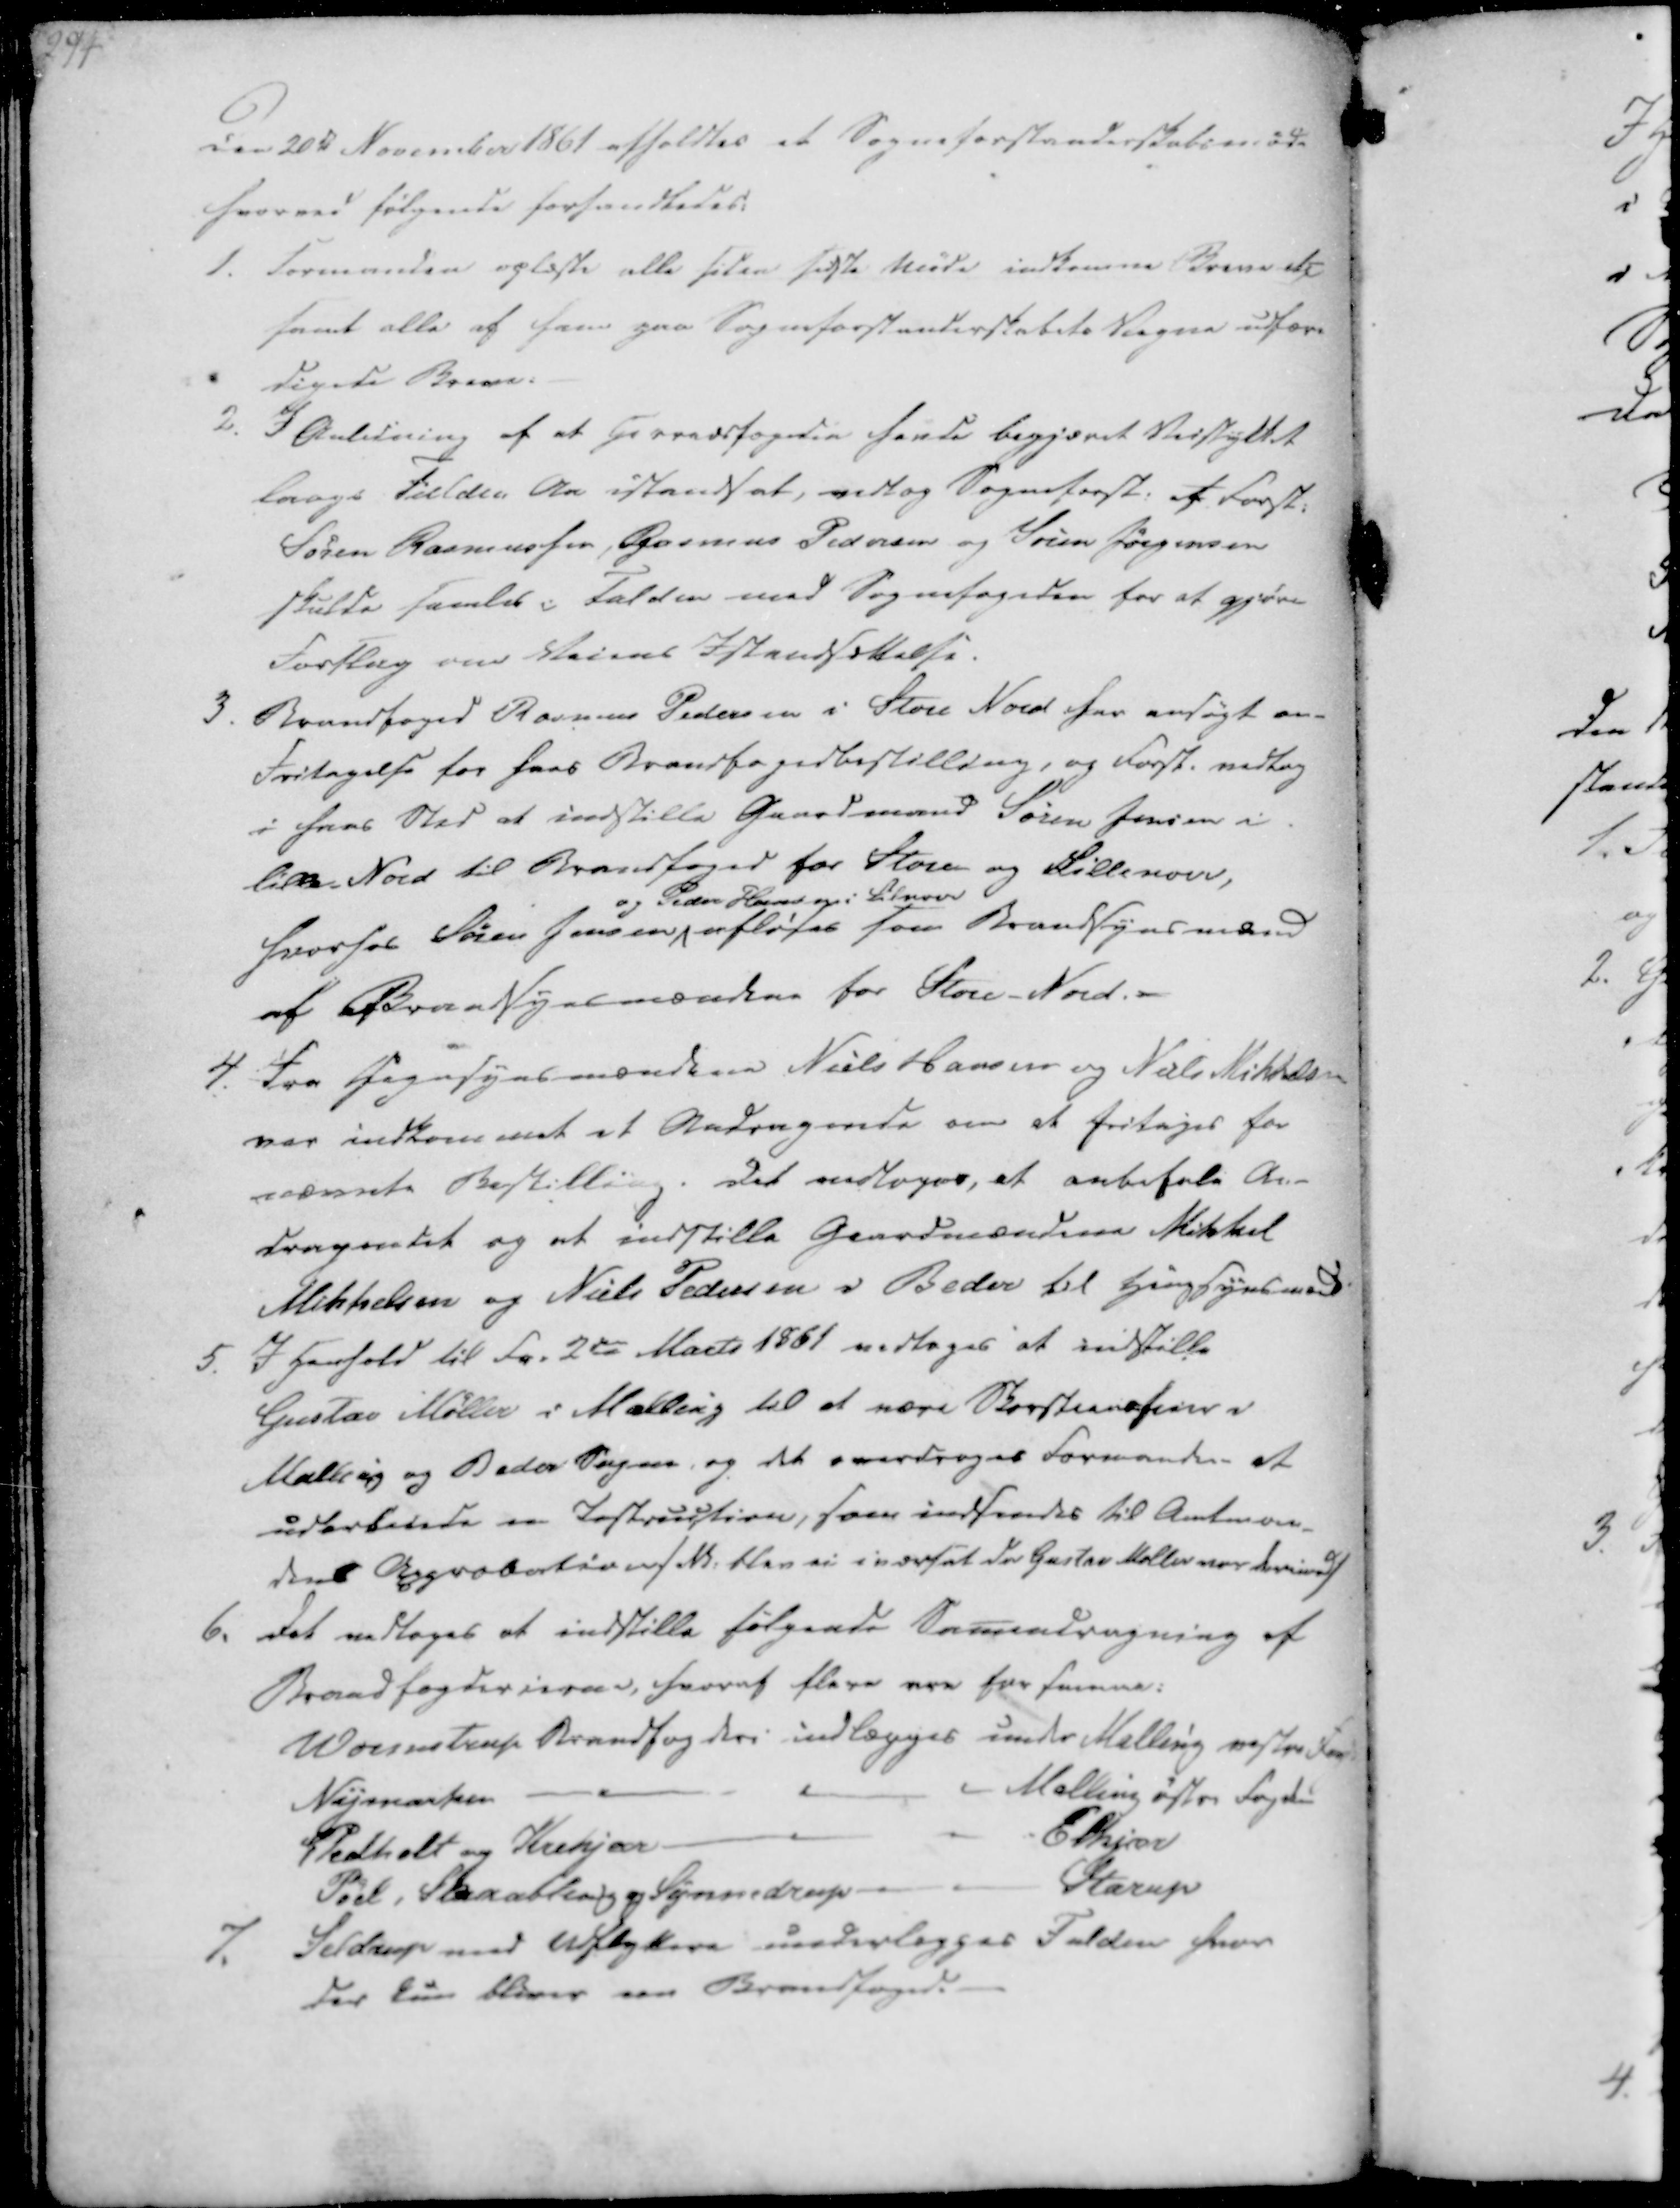
Transskription:
Den 20de November 1861 afholdtes et Sogneforstanderskabsmøde
hvorved følgende forhandledes:

1. Formanden oplæste alle siden sidste Møde indkomne Breve etc
samt alle af ham paa Sogneforstanderskabets Vegne udfær-
digede Breve.
2. I Anledning af at Herredsfogeden havde begjæret Veistykket
langs Fulden Aa istandsat, vedtog Sogneforst. at Forst.
Søren Rasmussen, Rasmus Pedersen og Søren Jørgensen
skulde samles i Fulden med Sognefogeden for at gjøre
Forslag over Veiens Istandsættelse.

3. Brandfoged Rasmus Pedersen i Store Nord har ansøgt om
Fritagelse for hans Brandfogedbestilling, og Forst. vedtog
i hans Sted at indstille Gaardmand Søren Jensen i
Lille-Nord til Brandfoged for Store og Lillenord,
hvorhos Søren Jensen
og Peder Hansen i Lilnord
afløses som Brandsynsmænd
af Brandsynsmændene for Store-Nord.
4. Fra Hegnsynsmændene Niels Hansen og Niels Mikkelsen
var indkommet et Andragende om at fritages for
nævnte Bestilling. Det vedtoges, at anbefale An-
dragendet og at indstille Gaardmændene Mikkel
Mikkelsen og Niels Pedersen i Beder til Hengsynsmænd.

5. I Henhold til Fr. 2den Marts 1861 vedtages at indstille
Gustav Møller i Malling til at være Skorstensfeier i
Malling og Beder Sogne, og det overdrages Formanden at
udarbeide en Instruction, som indsendes til Amtman-
dens Approbation / Nb. blev ei iværsat da Gustav Moller var derimod /
6. Det vedtoges at indstille følgende Samendregning af
Brandfogderierne, hvoraf flere ere for samme:
Wormstrup Brandfogderi indlægges under Malling vestre Fogd
Nymarken
Malling østre Fogderi
Pedholt og Krekjær
Elkjær
Pøel, Skaabling og Synnedrup
Starup

7. Seldrup med Udflyttere underlægges Fulden hvor
der kun bliver en Brandfoged.